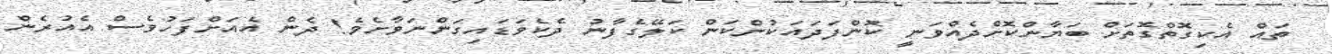
ތައް އެކިގޮތްގޮތަށް ބަޔާންކޮށްދެއްވަނީ ކޮންފަދައަކުންކަން ކަލޭގެފާނު ދެކެވަޑައިގަންނަވާށެވެ! ދެން އެއަށްފަހުވެސް އެއުރެން